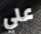
علي